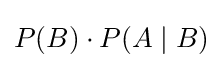
P(B)\cdot P(A\mid B)